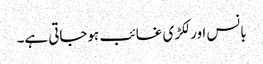
بانس اور لکڑی غائب ہوجاتی ہے۔